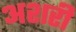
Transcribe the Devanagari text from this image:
अशरी